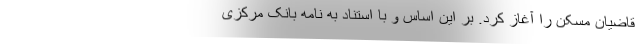
قاضیان مسکن را آغاز کرد. بر این اساس و با استناد به نامه‌ بانک مرکزی